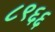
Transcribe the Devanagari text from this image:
८९६६